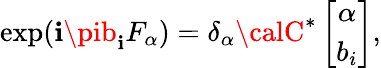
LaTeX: \exp(\mathbf{i}\pib_{\mathbf{i}}F_{\alpha})={\delta}_{\alpha}{\calC}^{*}\left[\begin{array}{c}{{{\alpha}}}\\ {{b_{i}}}\end{array}\right],